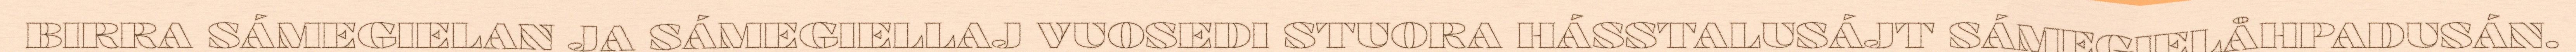
BIRRA SÁMEGIELAN JA SÁMEGIELLAJ VUOSEDI STUORA HÁSSTALUSÁJT SÁMEGIELÅHPADUSÁN.